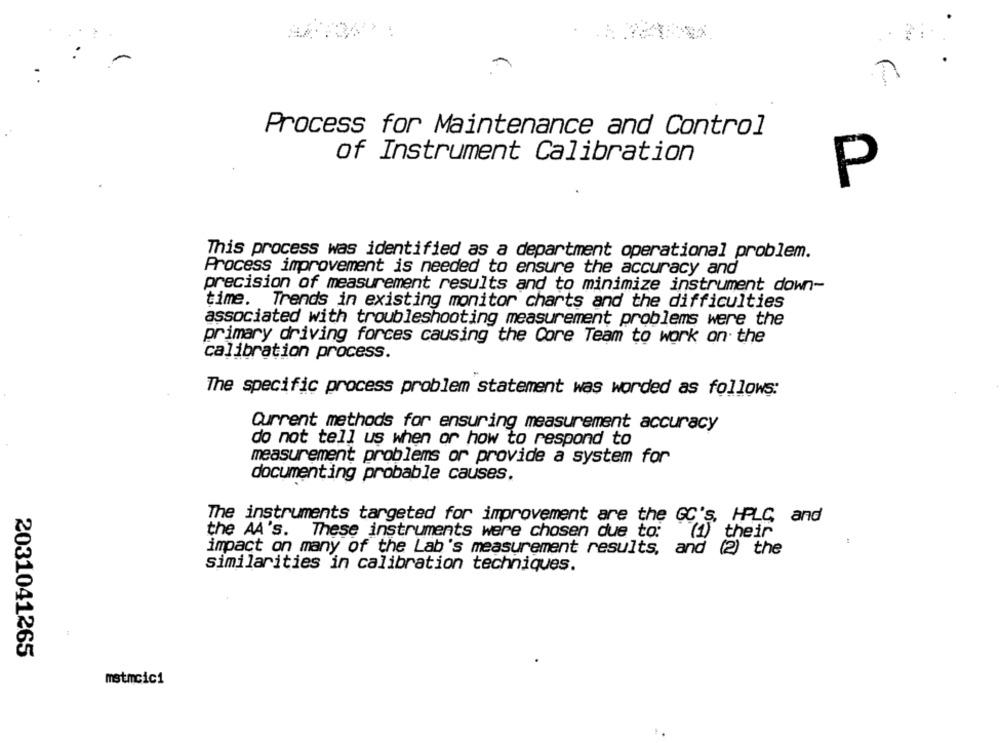
Process for Maintenance and Control
of Instrument Calibration
P
This process was identified as a department operational problem.
Process improvement is needed to ensure the accuracy and
precision of measurement results and to minimize instrument down-
time. Trends in existing monitor charts and the difficulties
associated with troubleshooting measurement problems were the
primary driving forces causing the Core Team to work on the
calibration process.
The specific process problem statement was worded as follows:
Current methods for ensuring measurement accuracy
do not tell us when or how to respond to
measurement problems or provide a system for
documenting probable causes.
The instruments targeted for improvement are the GC's, HPLC and
the AA's. These instruments were chosen due to:
(1) their
impact on many of the Lab's measurement results, and (2) the
similarities in calibration techniques.
2031041265
mstmcic1